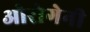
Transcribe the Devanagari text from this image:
ओरोगेनी